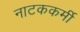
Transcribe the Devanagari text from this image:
नाटककर्मी